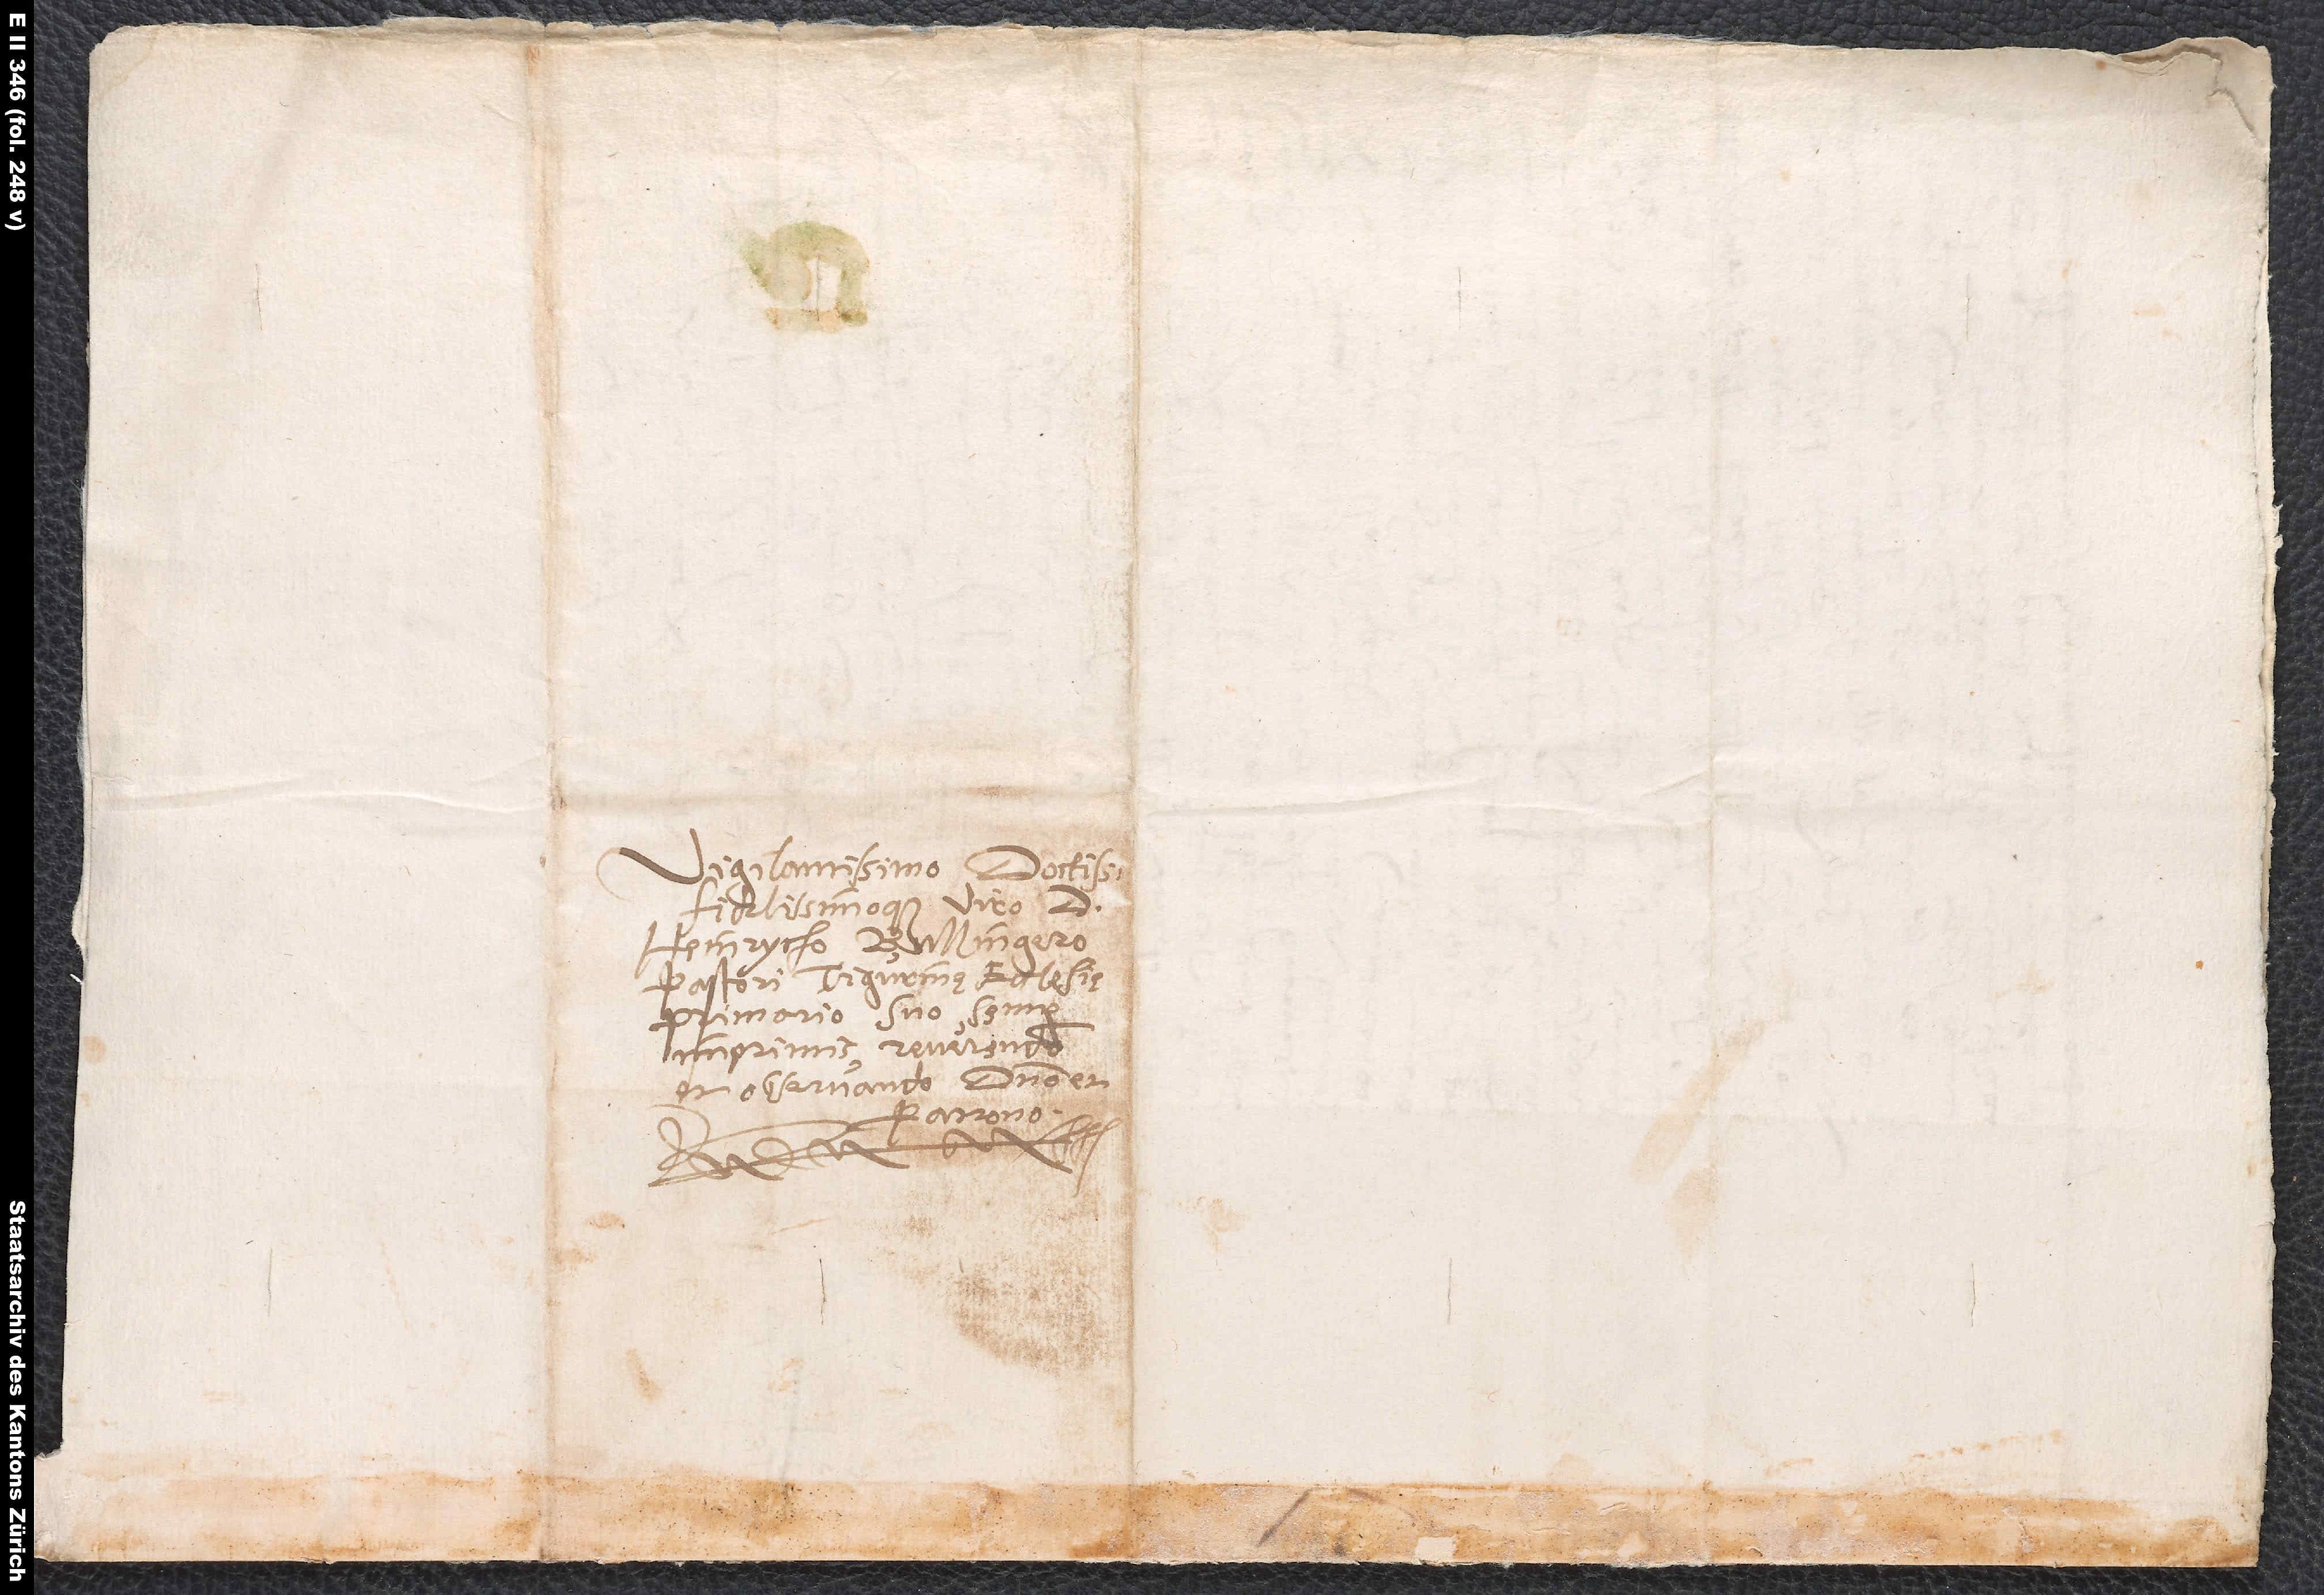
Vigilantissimo, doctissimo
fidelissimoque viro D.
Heinrycho Bullingero,
pastori Tigurinę ecclesieę
primario, suo semper
imprimis reverendo
et observando domino et
patrono.